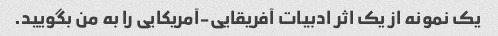
یک نمونه از یک اثر ادبیات آفریقایی-آمریکایی را به من بگویید.